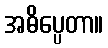
အဓိပ္ပေတာ။